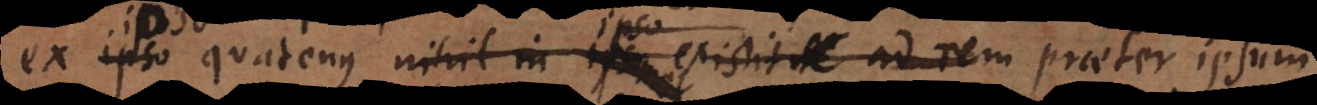
ex ipso quatenus nihil in ipso existit ad rem praeter